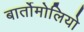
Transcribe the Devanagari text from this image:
बार्तोमोलियो